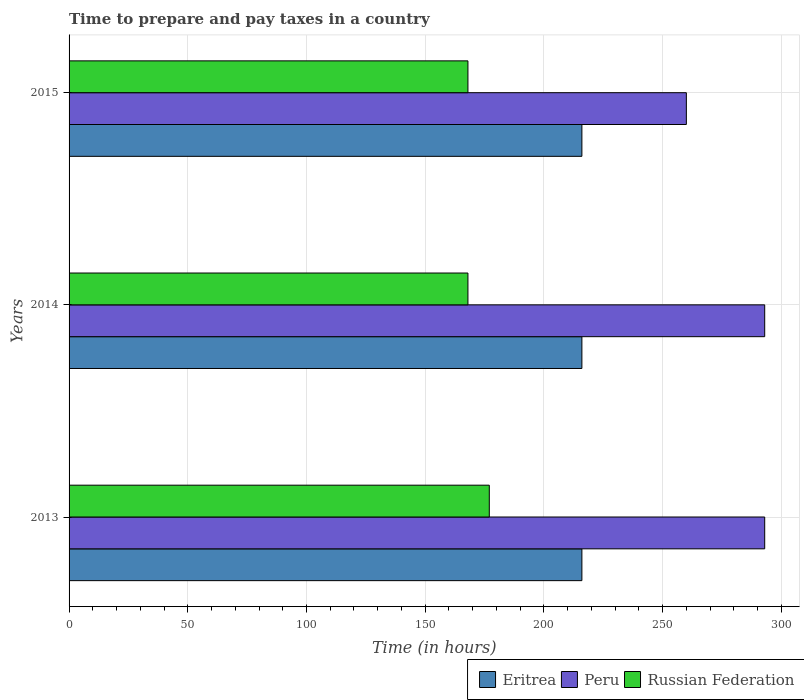
| Years | Eritrea | Peru | Russian Federation |
 | --- | --- | --- | --- |
 | 2013 | 216 | 293 | 177 |
 | 2014 | 216 | 293 | 168 |
 | 2015 | 216 | 260 | 168 |